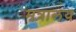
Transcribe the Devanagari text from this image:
मत्रालय